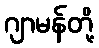
ဂျာမန်တို့